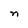
Character: n